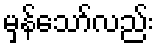
မှန်သော်လည်း